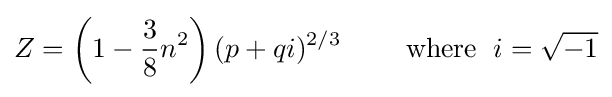
Z=\left(1-{\frac {3}{8}}n^{2}\right)(p+qi)^{2/3}\qquad {\text{ where }}\;i={\sqrt {-1}}